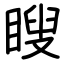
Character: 瞍